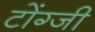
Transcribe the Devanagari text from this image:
टोंग्जी